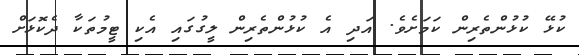
ކުޅޭ ކުޅުންތެރިން ކަމަށެވެ. އަދި އެ ކުޅުންތެރިން ލީގުގައި އެކި ޓީމުތަކާ ދެކޮޅަށް